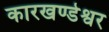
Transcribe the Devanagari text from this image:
कारखण्डेश्वर